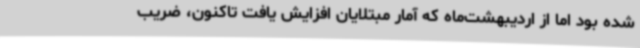
شده بود اما از اردیبهشت‌ماه که آمار مبتلایان افزایش یافت تاکنون، ضریب